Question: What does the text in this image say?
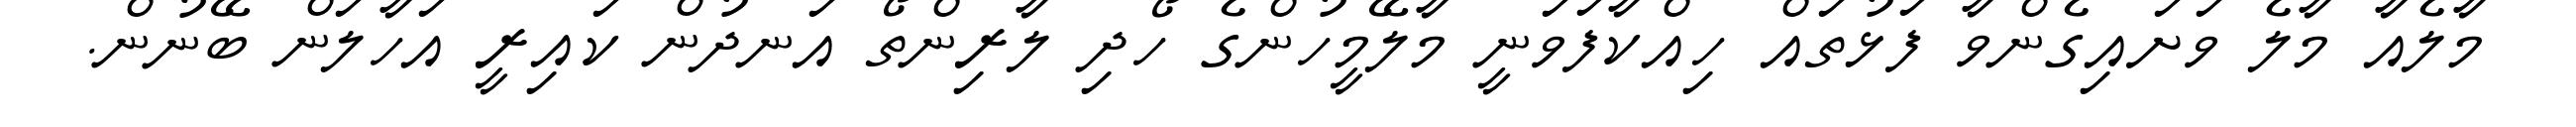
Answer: މާލެއާ މާލެ ވަށައިގެންވާ ފަޅުތައް ހިއްކާފަވަނީ މާލޭމީހުންގެ ހޯދި ލާރިންތޯ އަނދުން ކައިރީ އަހާލަން ބޭނުން.